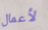
لأعمال